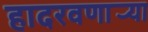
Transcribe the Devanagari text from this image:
हादरवणार्‍या